Civil Veterinary Department. United Provinces 1912-22 - 1912-1922
Year: 1912
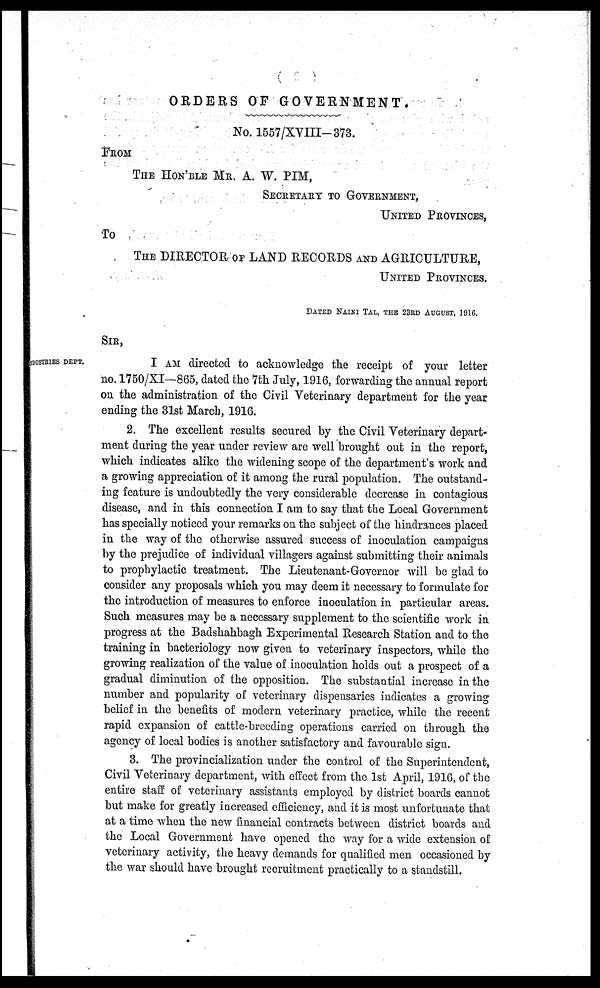
ORDERS OF GOVERNMENT.
No. 1557/XVIII-373.
FROM
THE HON'BLE MR. A. W. PIM,
SECRETARY TO GOVERNMENT,
UNITED PROVINCES,
To
THE DIRECTOR OF LAND RECORDS AND AGRICULTURE,
UNITED PPOVINCES.
DATED NAIKI TAL, THE 23RD AUGUST, 1916.
SIR,
DUSTRIES DEPT.
I AM directed to acknowledge the receipt of your letter
no. 1750/XI—865, dated the 7th July, 1916, forwarding the annual report
on the administration of the Civil Veterinary department for the year
ending the 31st March, 1916.
2. The excellent results secured by the Civil Veterinary depart-
ment during the year under review are well brought out in the report,
which indicates alike the widening scope of the department's work and
a growing appreciation of it among the rural population. The outstand-
ing feature is undoubtedly the very considerable decrease in contagious
disease, and in this connection I am to say that the Local Government
has specially noticed your remarks on the subject of the hindrances placed
in the way of the otherwise assured success of inoculation campaigns
by the prejudice of individual villagers against submitting their animals
to prophylactic treatment. The Lieutenant-Governor will be glad to
consider any proposals which you may deem it necessary to formulate for
the introduction of measures to enforce inoculation in particular areas.
Such measures may be a necessary supplement to the scientific work in
progress at the Badshahbagh Experimental Research Station and to the
training in bacteriology now given to veterinary inspectors, while the
growing realization of the value of inoculation holds out a prospect of a
gradual diminution of the opposition. The substantial increase in the
number and popularity of veterinary dispensaries indicates a growing
belief in the benefits of modern veterinary practice, while the recent
rapid expansion of cattle-breeding operations carried on through the
agency of local bodies is another satisfactory and favourable sign.
3. The provincialization under the control of the Superintendent,
Civil Veterinary department, with effect from the 1st April, 1916, of the
entire staff of veterinary assistants employed by district boards cannot
but make for greatly increased efficiency, and it is most unfortunate that
at a time when the new financial contracts between district boards and
the Local Government have opened the way for a wide extension of
veterinary activity, the heavy demands for qualified men occasioned by
the war should have brought recruitment practically to a standstill.